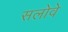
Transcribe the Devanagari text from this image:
सलोवे